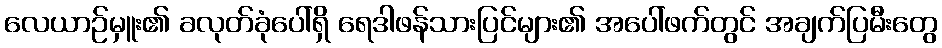
လေယာဉ်မှူး၏ ခလုတ်ခုံပေါ်ရှိ ရေဒါဖန်သားပြင်များ၏ အပေါ်ဖက်တွင် အချက်ပြမီးတွေ